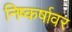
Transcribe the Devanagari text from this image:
निष्कर्षावर